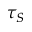
\tau _ { S }